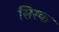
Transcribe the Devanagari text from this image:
सिस्क